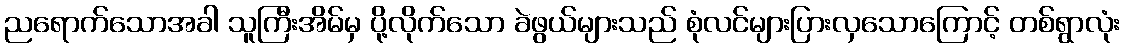
ညရောက်သောအခါ သူကြီးအိမ်မှ ပို့လိုက်သော ခဲဖွယ်များသည် စုံလင်များပြားလှသောကြောင့် တစ်ရွာလုံး